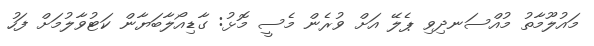
މައުލޫމާތު މުއްސަނދިވި ޕެލޭ އަށް ވުރެން މެސީ މޮޅު: ގާޑިއޯލާބަޔާން ކަޓުވާލުމަށް ފަހު